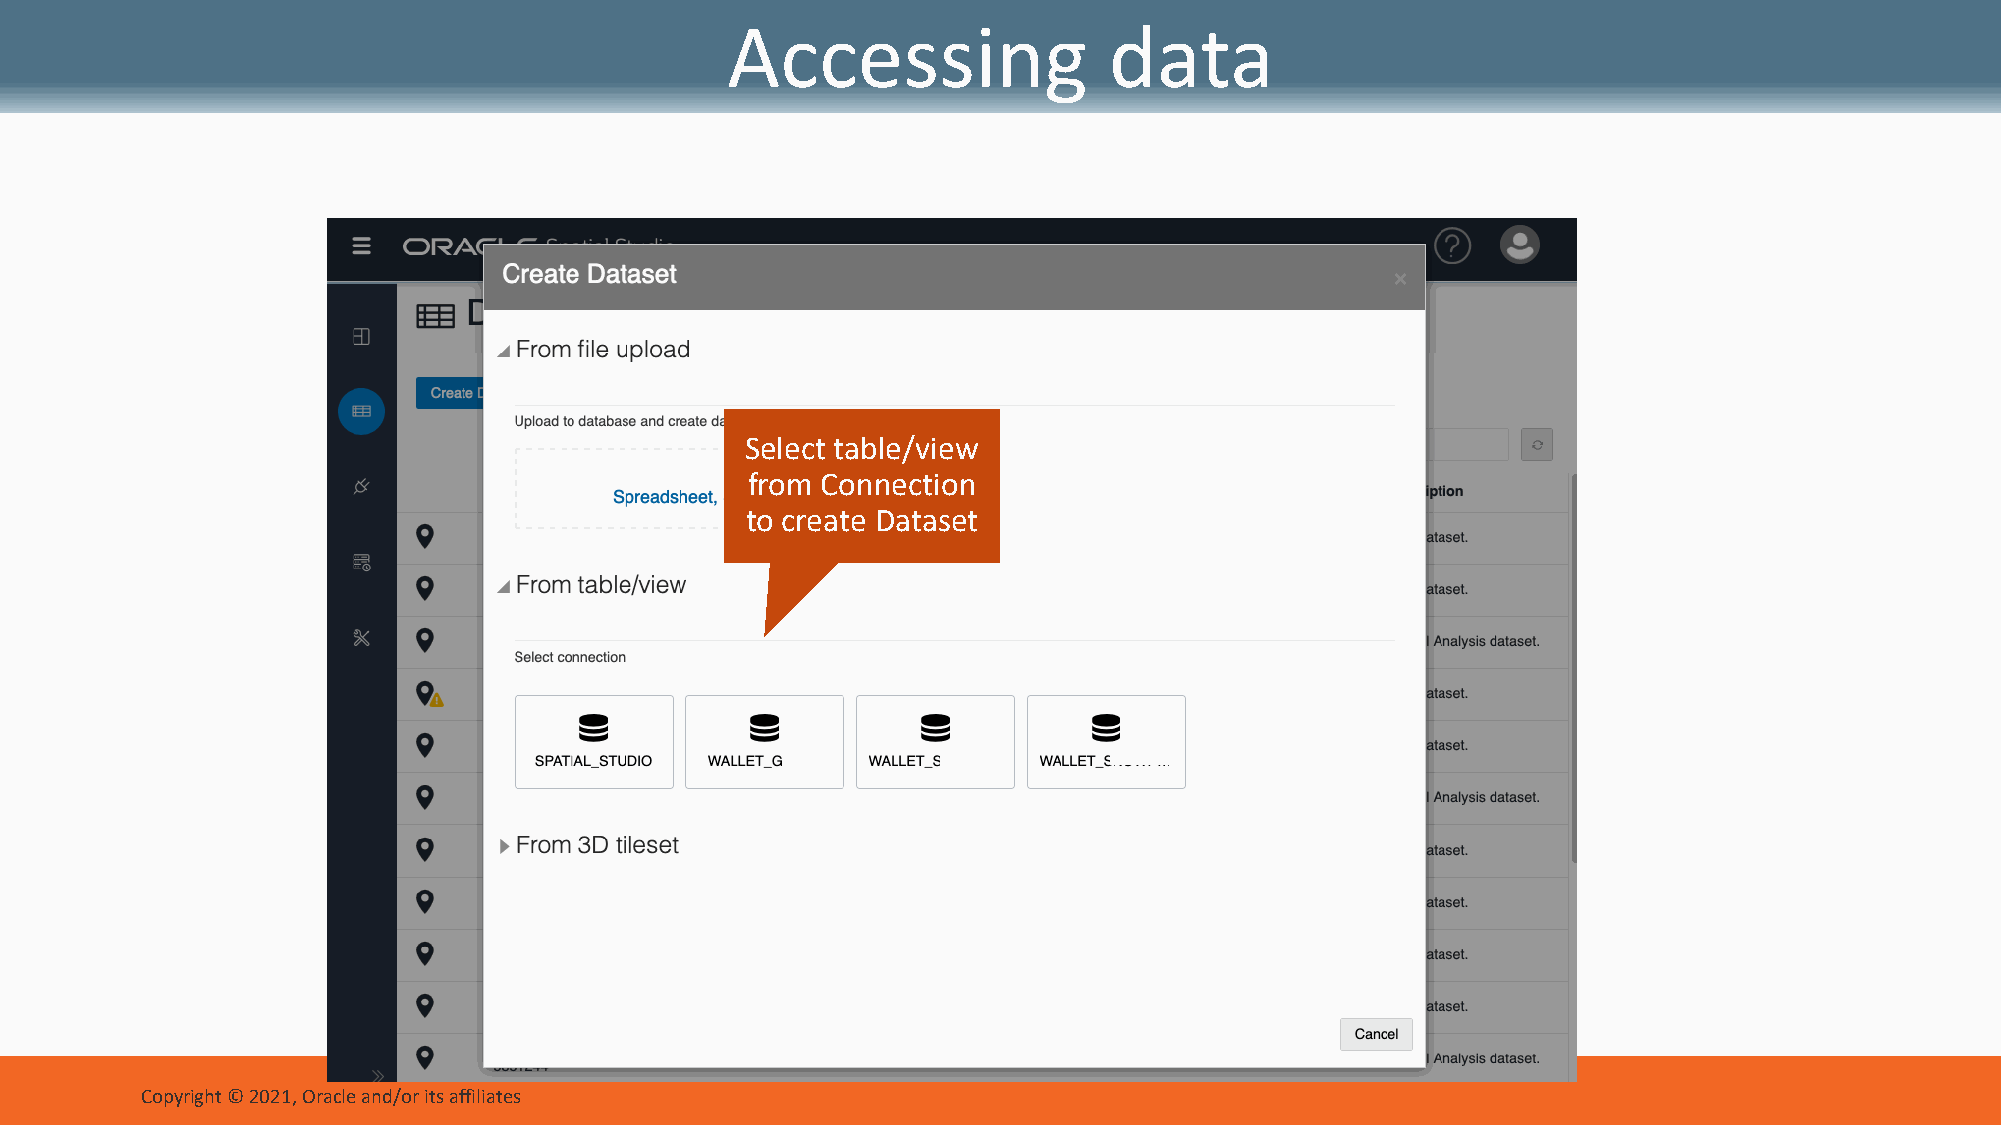
Accessing                data
 Select table/view
 from Connection
 to create Dataset
 Copyright © 2021, Oracle and/or its affiliates